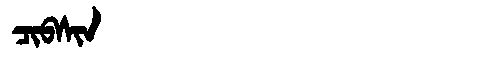
Manchu: ᠴᡳᠪᠰᡳᠨ
Romanization: CIBSIN